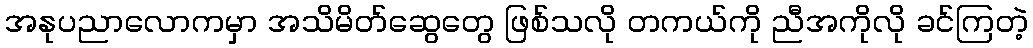
အနုပညာလောကမှာ အသိမိတ်ဆွေတွေ ဖြစ်သလို တကယ်ကို ညီအကိုလို ခင်ကြတဲ့